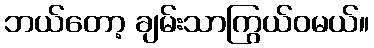
ဘယ်တော့ ချမ်းသာကြွယ်ဝမယ်။